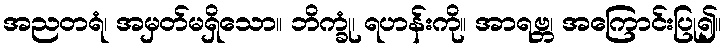
အညတရံ၊ အမှတ်မရှိသော။ ဘိက္ခုံ၊ ရဟန်းကို။ အာရဗ္ဘ၊ အကြောင်းပြု၍။